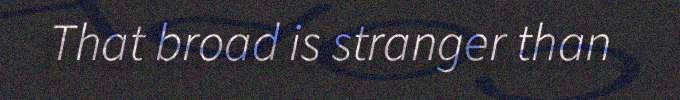
That broad is stranger than